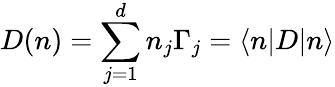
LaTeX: D(n)=\sum_{j=1}^{d}n_{j}\Gamma_{j}=\langle n|D|n\rangle